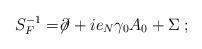
LaTeX: \begin{align*}S_F^{-1} = \not \!\partial + i e_N \gamma_0 A_0 + \Sigma \;;\end{align*}